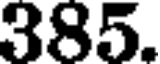
385.